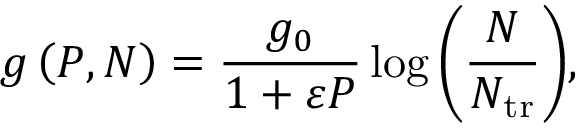
g \left( P , N \right) = \frac { g _ { 0 } } { 1 + \varepsilon P } \log { \left( \frac { N } { N _ { \mathrm { t r } } } \right) } ,